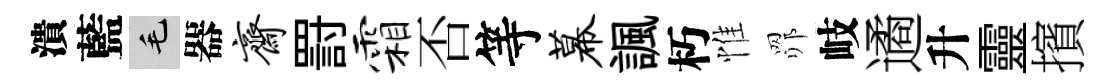
潰藍毛器斋罸霜否等幕諷朽惟𦊑岐遹升靈擯